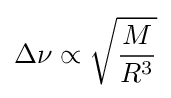
\Delta \nu \propto {\sqrt {\frac {M}{R^{3}}}}